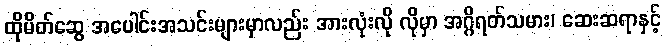
ထိုမိတ်ဆွေ အပေါင်းအသင်းများမှာလည်း အားလုံးလို လိုမှာ အဂ္ဂိရတ်သမား၊ ဆေးဆရာနှင့်